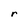
Character: r